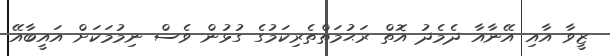
ޒީވާ އާއި އޭނާއާ ދެމެދު އޮތް ރަޙުމަތްތެރިކަމުގެ ގުޅުން ވެސް ނިމުމަކަށް އައީބާއޭ